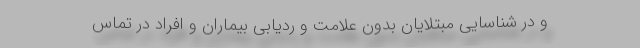
و در شناسایی مبتلایان بدون علامت و ردیابی بیماران و افراد در تماس